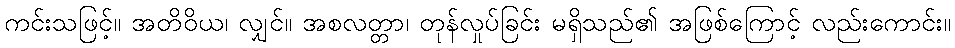
ကင်းသဖြင့်။ အတိဝိယ၊ လျှင်။ အစလတ္တာ၊ တုန်လှုပ်ခြင်း မရှိသည်၏ အဖြစ်ကြောင့် လည်းကောင်း။